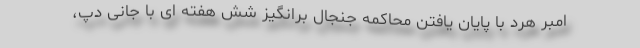
امبر هرد با پایان یافتن محاکمه جنجال برانگیز شش هفته ای با جانی دپ،